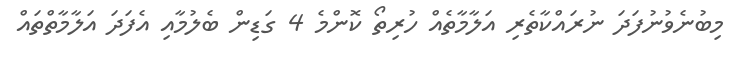
މިބުނެވުނުފަދަ ނުރައްކާތެރި އަލާމާތެއް ހުރިތޯ ކޮންމެ 4 ގަޑިން ބެލުމާއި އެފަދަ އަލާމާތްތައް